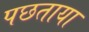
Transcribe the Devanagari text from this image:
पछताया